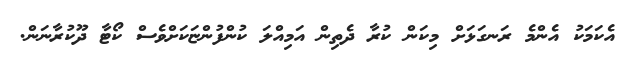
އެކަމަކު އެންމެ ރަނގަޅަށް މިކަން ކުރާ ދެތިން އަމިއްލަ ކުންފުންޏަކަށްވެސް ކޯޓާ ދޫކުރާނަން.